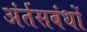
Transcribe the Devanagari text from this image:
अंर्तसबंधों